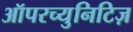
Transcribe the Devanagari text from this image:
ऑपरच्युनिटिज़